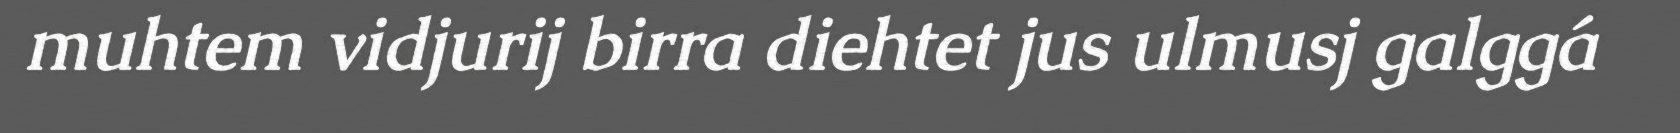
muhtem vidjurij birra diehtet jus ulmusj galggá